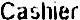
CASHIER